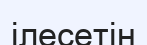
ілесетін